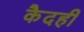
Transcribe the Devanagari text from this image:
कैदही